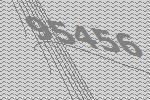
95456